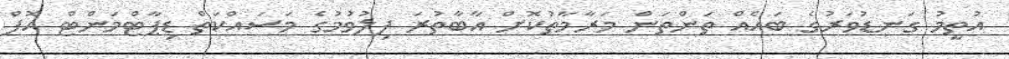
އުތީމު ގަނޑުވަރުގެ ބައެއް ތަންތަން މަރާމާތުކޮށް އާބާތުރަ ފިލުވުމުގެ މަސައްކަތް ޑިޕާޓްމަންޓް އޮފް